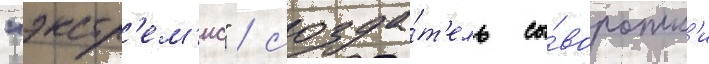
"экстр'ем'ис" / созда́т'ель сы́воротк'и